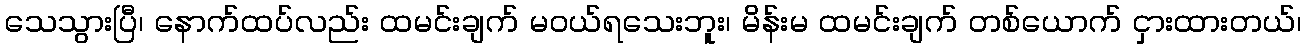
သေသွားပြီ၊ နောက်ထပ်လည်း ထမင်းချက် မဝယ်ရသေးဘူး၊ မိန်းမ ထမင်းချက် တစ်ယောက် ငှားထားတယ်၊